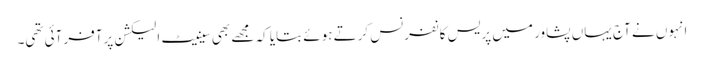
انہوں نے آج یہاں پشاور میں پریس کانفرنس کرتے ہوئے بتایا کہ مجھے بھی سینیٹ الیکشن پرآفر آئی تھی۔